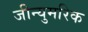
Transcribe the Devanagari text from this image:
जीन्युमरिक